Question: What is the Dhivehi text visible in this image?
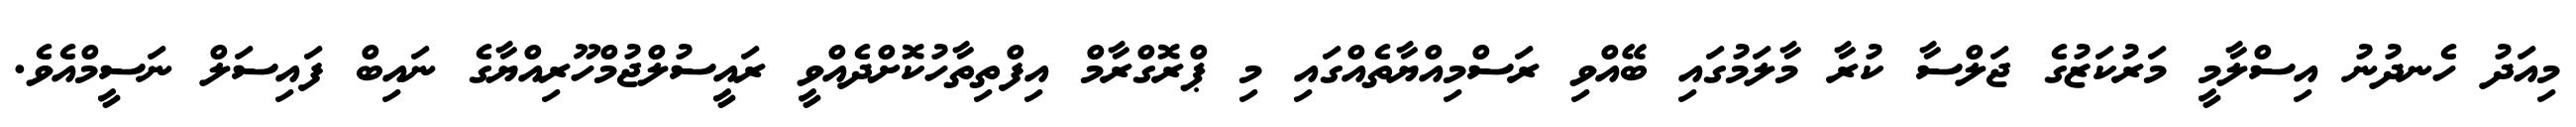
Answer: މިއަދު ހެނދުނު އިސްލާމީ މަރުކަޒުގެ ޖަލްސާ ކުރާ މާލަމުގައި ބޭއްވި ރަސްމިއްޔާތެއްގައި މި ޕްރޮގްރާމް އިފްތިތާހުކޮށްދެއްވީ ރައީސުލްޖުމްހޫރިއްޔާގެ ނައިބް ފައިސަލް ނަސީމްއެވެ.